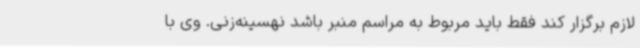
لازم برگزار کند فقط باید مربوط به مراسم منبر باشد نهسینه‌زنی. وی با